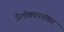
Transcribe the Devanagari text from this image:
त्रैलोक्यवशंकर